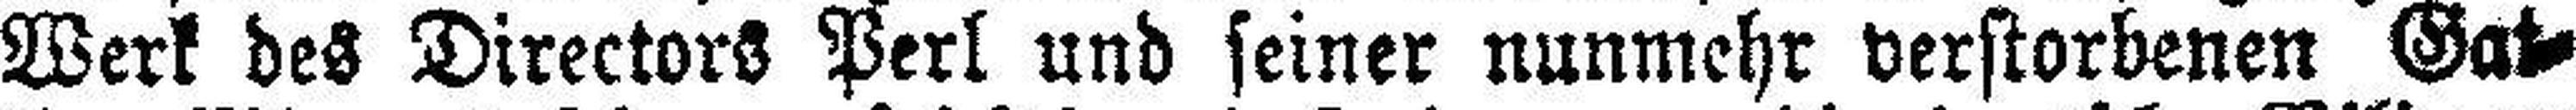
Werk des Directors Perl und seiner nunmehr verstorbenen Gat¬